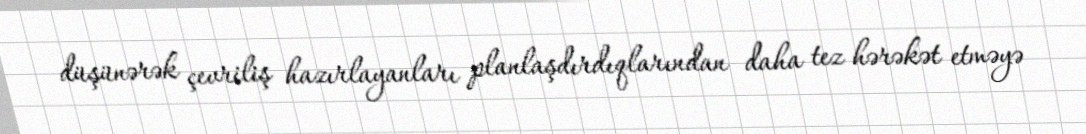
düşünərək çevriliş hazırlayanları planlaşdırdıqlarından daha tez hərəkət etməyə